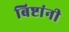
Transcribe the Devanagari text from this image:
बिष्टांनी